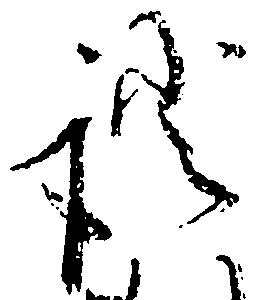
証